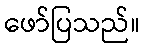
ဖော်ပြသည်။